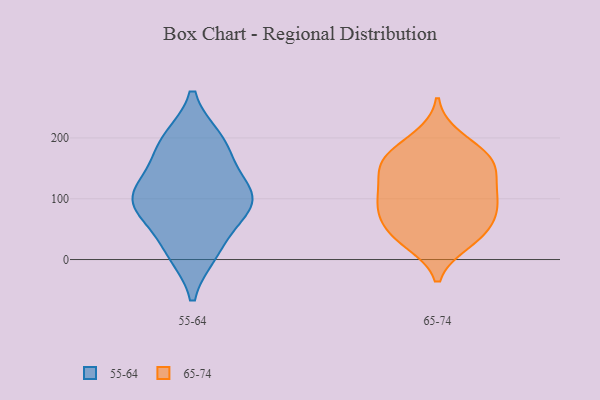
{"axis": {"x": "Demand Index", "y": "Value"}, "legend": ["55-64", "65-74"], "data": [{"x": "", "y": 197, "type": "55-64"}, {"x": "", "y": 12, "type": "55-64"}, {"x": "", "y": 93, "type": "55-64"}, {"x": "", "y": 16, "type": "55-64"}, {"x": "", "y": 169, "type": "55-64"}, {"x": "", "y": 196, "type": "55-64"}, {"x": "", "y": 86, "type": "55-64"}, {"x": "", "y": 127, "type": "55-64"}, {"x": "", "y": 104, "type": "55-64"}, {"x": "", "y": 74, "type": "55-64"}, {"x": "", "y": 107, "type": "55-64"}, {"x": "", "y": 179, "type": "65-74"}, {"x": "", "y": 44, "type": "65-74"}, {"x": "", "y": 97, "type": "65-74"}, {"x": "", "y": 50, "type": "65-74"}, {"x": "", "y": 110, "type": "65-74"}, {"x": "", "y": 151, "type": "65-74"}, {"x": "", "y": 171, "type": "65-74"}, {"x": "", "y": 106, "type": "65-74"}, {"x": "", "y": 157, "type": "65-74"}, {"x": "", "y": 32, "type": "65-74"}, {"x": "", "y": 141, "type": "65-74"}, {"x": "", "y": 79, "type": "65-74"}, {"x": "", "y": 200, "type": "65-74"}, {"x": "", "y": 93, "type": "65-74"}, {"x": "", "y": 70, "type": "65-74"}, {"x": "", "y": 29, "type": "65-74"}, {"x": "", "y": 155, "type": "65-74"}]}